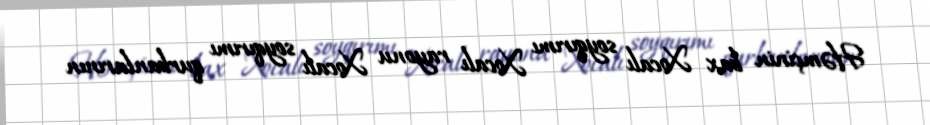
Həmçinin bax Xocalı soyqırımı Xocalı rayonu Xocalı soyqırımı qurbanlarının